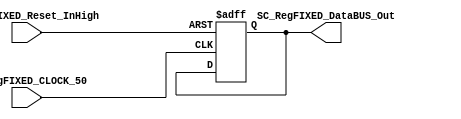
//##########################################################################
//######					G0B1T HDL EXAMPLES											####
//######	Fredy Enrique Segura-Quijano fsegura@uniandes.edu.co				####   
//######																						####   
//######				MODIFICADO: Marzo de 2018 - FES								####   
//##########################################################################
//# G0B1T
//# Copyright (C) 2018 Bogot, Colombia
//# 
//# This program is free software: you can redistribute it and/or modify
//# it under the terms of the GNU General Public License as published by
//# the Free Software Foundation, version 3 of the License.
//#
//# This program is distributed in the hope that it will be useful,
//# but WITHOUT ANY WARRANTY; without even the implied warranty of
//# MERCHANTABILITY or FITNESS FOR A PARTICULAR PURPOSE.  See the
//# GNU General Public License for more details.
//#
//# You should have received a copy of the GNU General Public License
//# along with this program.  If not, see <http://www.gnu.org/licenses/>.
//#/
//###########################################################################

//=======================================================
//  MODULE Definition
//=======================================================
module SC_RegFIXED #(parameter DATAWIDTH_BUS=32, parameter DATA_REGFIXED_INIT=32'h00000000)(
	//////////// OUTPUTS //////////
	SC_RegFIXED_DataBUS_Out,
	//////////// INPUTS //////////
	SC_RegFIXED_CLOCK_50,
	SC_RegFIXED_Reset_InHigh
);
//=======================================================
//  PARAMETER declarations
//=======================================================

//=======================================================
//  PORT declarations
//=======================================================
	output [DATAWIDTH_BUS-1:0] SC_RegFIXED_DataBUS_Out;
	input			SC_RegFIXED_CLOCK_50;
	input			SC_RegFIXED_Reset_InHigh;
//=======================================================
//  REG/WIRE declarations
//=======================================================
	reg [DATAWIDTH_BUS-1:0] RegFIXED_Register;
	reg [DATAWIDTH_BUS-1:0] RegFIXED_Signal;
//=======================================================
//  Structural coding
//=======================================================
//INPUT LOGIC: COMBINATIONAL
	always @ (*)
		RegFIXED_Signal = RegFIXED_Register;
// REGISTER : SEQUENTIAL
	always @ ( negedge SC_RegFIXED_CLOCK_50 , posedge SC_RegFIXED_Reset_InHigh)
	if (SC_RegFIXED_Reset_InHigh==1)
		RegFIXED_Register <= DATA_REGFIXED_INIT;
	else
		RegFIXED_Register <= RegFIXED_Signal;
//=======================================================
//  Outputs
//=======================================================
// OUTPUT LOGIC : COMBINATIONAL
	assign SC_RegFIXED_DataBUS_Out = RegFIXED_Register;
endmodule